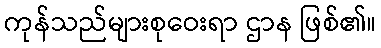
ကုန်သည်များစုဝေးရာ ဌာန ဖြစ်၏။